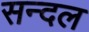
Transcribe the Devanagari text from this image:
सन्दल